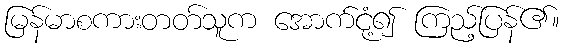
မြန်မာစကားတတ်သူက အောက်ငုံ့၍ ကြည့်ပြန်၏။